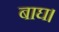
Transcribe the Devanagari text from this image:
बाघ।